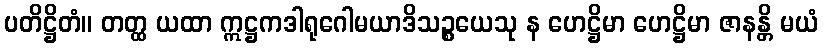
ပတိဋ္ဌိတံ။ တတ္ထ ယထာ ဣဋ္ဌကဒါရုဂေါမယာဒိသဉ္စယေသု န ဟေဋ္ဌိမာ ဟေဋ္ဌိမာ ဇာနန္တိ မယံ